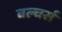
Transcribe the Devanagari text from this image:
वल्चर्स